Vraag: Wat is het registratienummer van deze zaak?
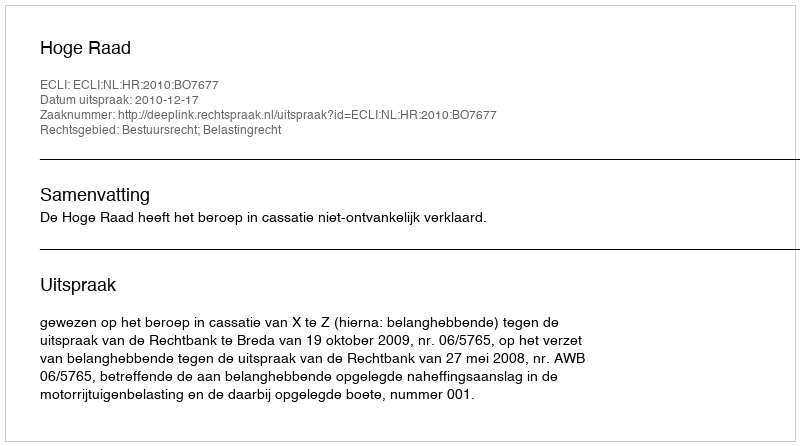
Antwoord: http://deeplink.rechtspraak.nl/uitspraak?id=ECLI:NL:HR:2010:BO7677